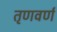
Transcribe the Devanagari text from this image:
तृणवर्ण